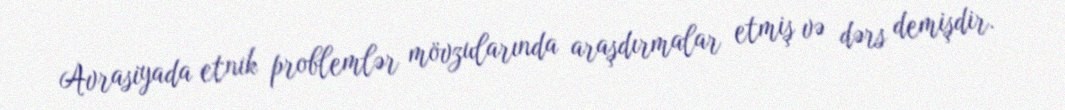
Avrasiyada etnik problemlər mövzularında araşdırmalar etmiş və dərs demişdir.